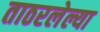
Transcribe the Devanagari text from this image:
ताठरलेल्या